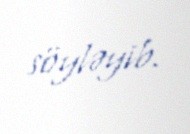
söyləyib.